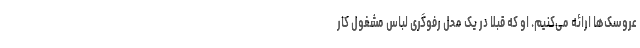
عروسک‌ها ارائه می‌کنیم. او که قبلاً در یک محل رفوگری لباس مشغول کار